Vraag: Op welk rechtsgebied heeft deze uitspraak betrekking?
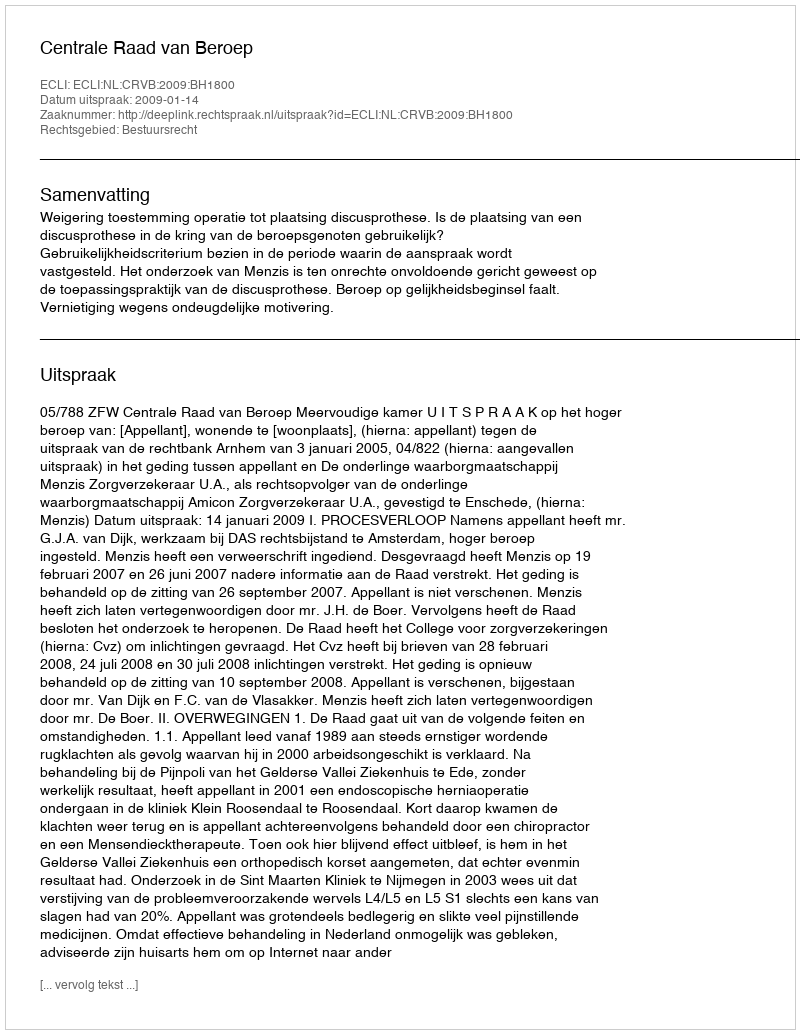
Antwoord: Bestuursrecht